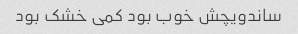
ساندویچش خوب بود کمی خشک بود